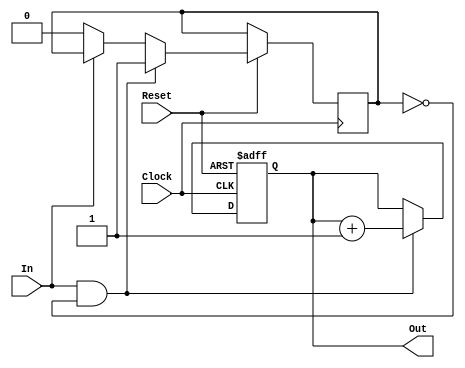
module PulseCounter(
input Reset,
input Clock,
input In, 
output [3:0] Out
);

reg [3:0] Counter;
reg toggle;

// This module takes a bit input
// and returns the number of times 
// that input has been pulsed.
// It has an active low reset.
  
always @(posedge Clock, negedge Reset) begin
	if ( Reset == 0 ) 
		Counter <= 4'b0000;
	else begin
		if ((In==1) & (toggle==0)) begin
			Counter <= Counter + 1'b1;
			toggle <= 1;
	    end
		else if (In==0) begin
			toggle <= 0;
		end
	end
end
	
assign Out = Counter;

endmodule